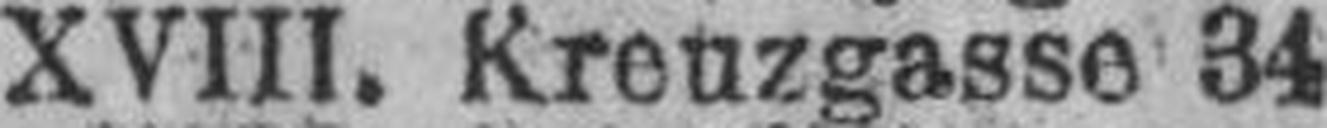
XVIII. Kreuzgasse 34